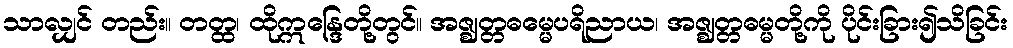
သာလျှင် တည်း။ တတ္ထ၊ ထိုဣန္ဒြေတို့တွင်။ အဇ္ဈတ္တဓမ္မေပရိညာယ၊ အဇ္ဈတ္တဓမ္မတို့ကို ပိုင်းခြား၍သိခြင်း